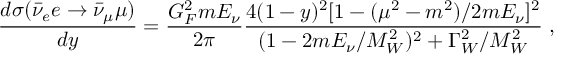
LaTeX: \frac { d \sigma ( \bar { \nu } _ { e } e \rightarrow \bar { \nu } _ { \mu } \mu ) } { d y } = \frac { G _ { F } ^ { 2 } m E _ { \nu } } { 2 \pi } \frac { 4 ( 1 - y ) ^ { 2 } [ 1 - ( \mu ^ { 2 } - m ^ { 2 } ) / 2 m E _ { \nu } ] ^ { 2 } } { ( 1 - 2 m E _ { \nu } / M _ { W } ^ { 2 } ) ^ { 2 } + \Gamma _ { W } ^ { 2 } / M _ { W } ^ { 2 } } \; ,